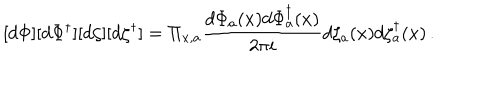
[ d \Phi ] [ d \Phi ^ { \dagger } ] [ d \zeta ] [ d \zeta ^ { \dagger } ] = \Pi _ { x , a } \frac { d \Phi _ { a } ( x ) d \Phi _ { a } ^ { \dagger } ( x ) } { 2 \pi i } d \zeta _ { a } ( x ) d \zeta _ { a } ^ { \dagger } ( x ) \, .